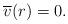
LaTeX: \begin{align*} \overline{v}(r)=0. \end{align*}